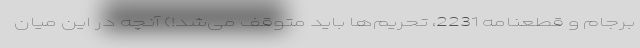
برجام و قطعنامه 2231، تحریم‌ها باید متوقف می‌شد!) آنچه در این میان